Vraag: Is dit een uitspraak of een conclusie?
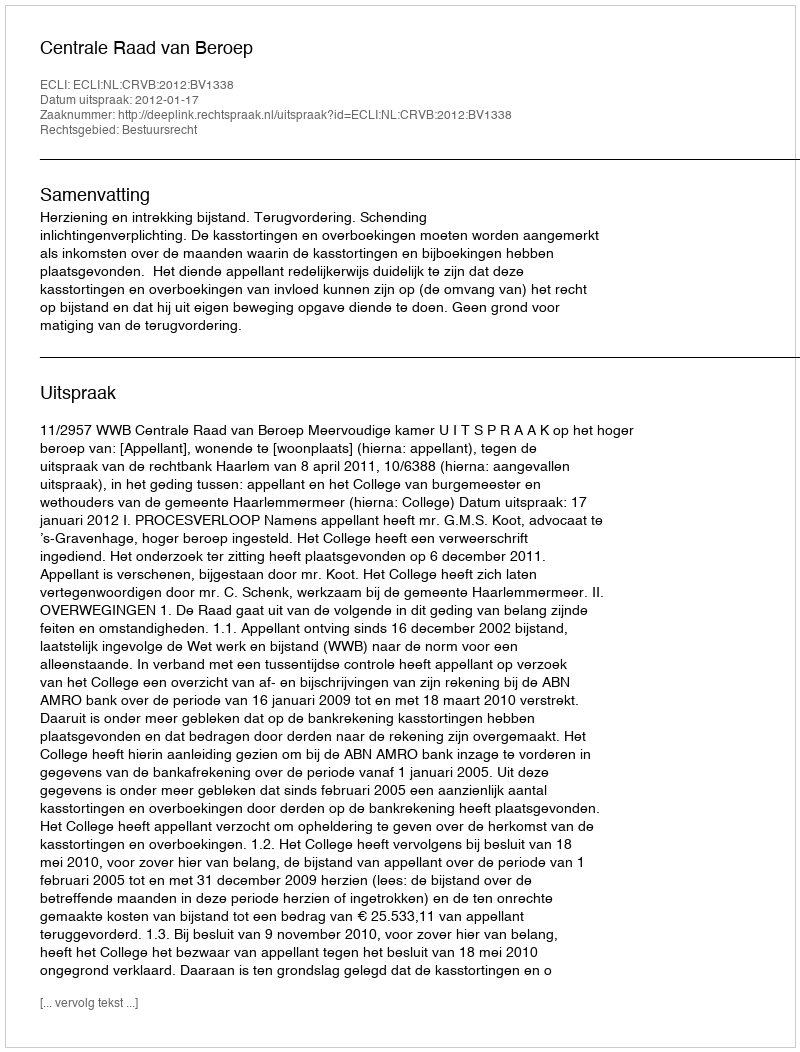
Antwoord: Uitspraak